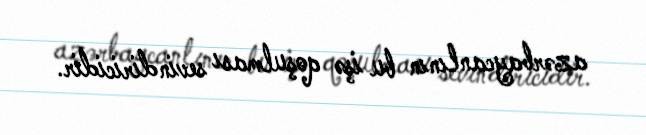
azərbaycanlının bu işə qoşulması sevindiricidir.